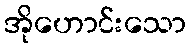
အိုဟောင်းသော